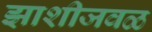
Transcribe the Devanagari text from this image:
झाशीजवळ